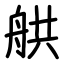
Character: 舼